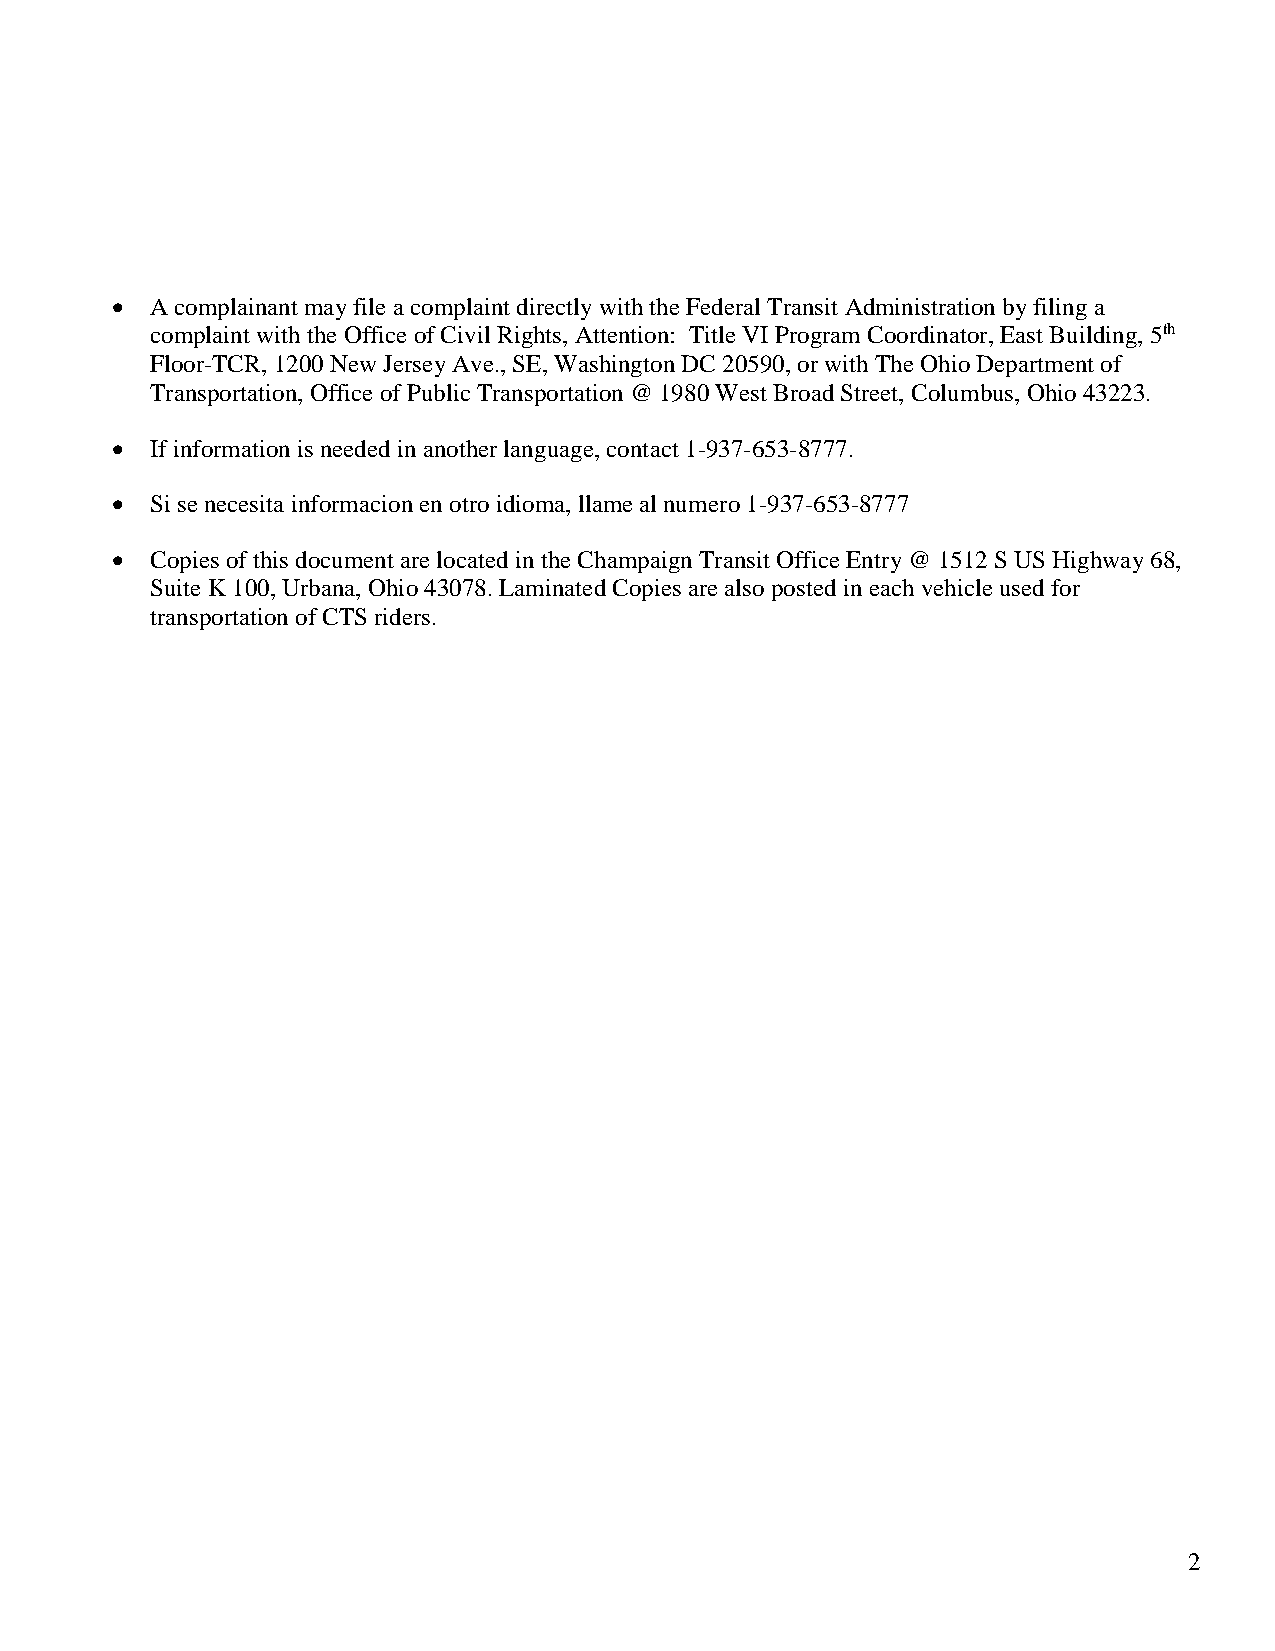
  A complainant may file a complaint directly with the Federal Transit Administration by filing a
 complaint with the Office of Civil Rights, Attention: Title VI Program Coordinator, East Building, 5th
 Floor-TCR, 1200 New Jersey Ave., SE, Washington DC 20590, or with The Ohio Department of
 Transportation, Office of Public Transportation @ 1980 West Broad Street, Columbus, Ohio 43223.
   If information is needed in another language, contact 1-937-653-8777.
   Si se necesita informacion en otro idioma, llame al numero 1-937-653-8777
   Copies of this document are located in the Champaign Transit Office Entry @ 1512 S US Highway 68,
 Suite K 100, Urbana, Ohio 43078. Laminated Copies are also posted in each vehicle used for
 transportation of CTS riders.
 2